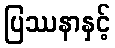
ပြဿနာနှင့်